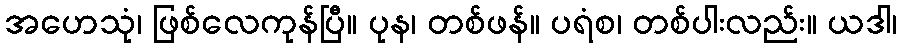
အဟေသုံ၊ ဖြစ်လေကုန်ပြီ။ ပုန၊ တစ်ဖန်။ ပရံစ၊ တစ်ပါးလည်း။ ယဒါ၊